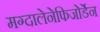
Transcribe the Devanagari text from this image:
मग्दालेनेफिजोर्डेन